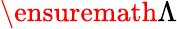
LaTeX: \ensuremath{\Lambda}